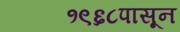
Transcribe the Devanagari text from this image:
१९६८पासून